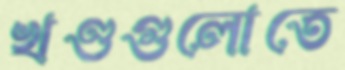
খণ্ডগুলোতে